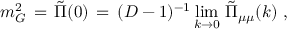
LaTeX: m _ { G } ^ { 2 } \, = \, { \tilde { \Pi } } ( 0 ) \, = \, ( D - 1 ) ^ { - 1 } \operatorname * { l i m } _ { k \to 0 } \, { \tilde { \Pi } } _ { \mu \mu } ( k ) \; ,